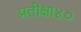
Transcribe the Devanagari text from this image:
प्रतीक्षा४०